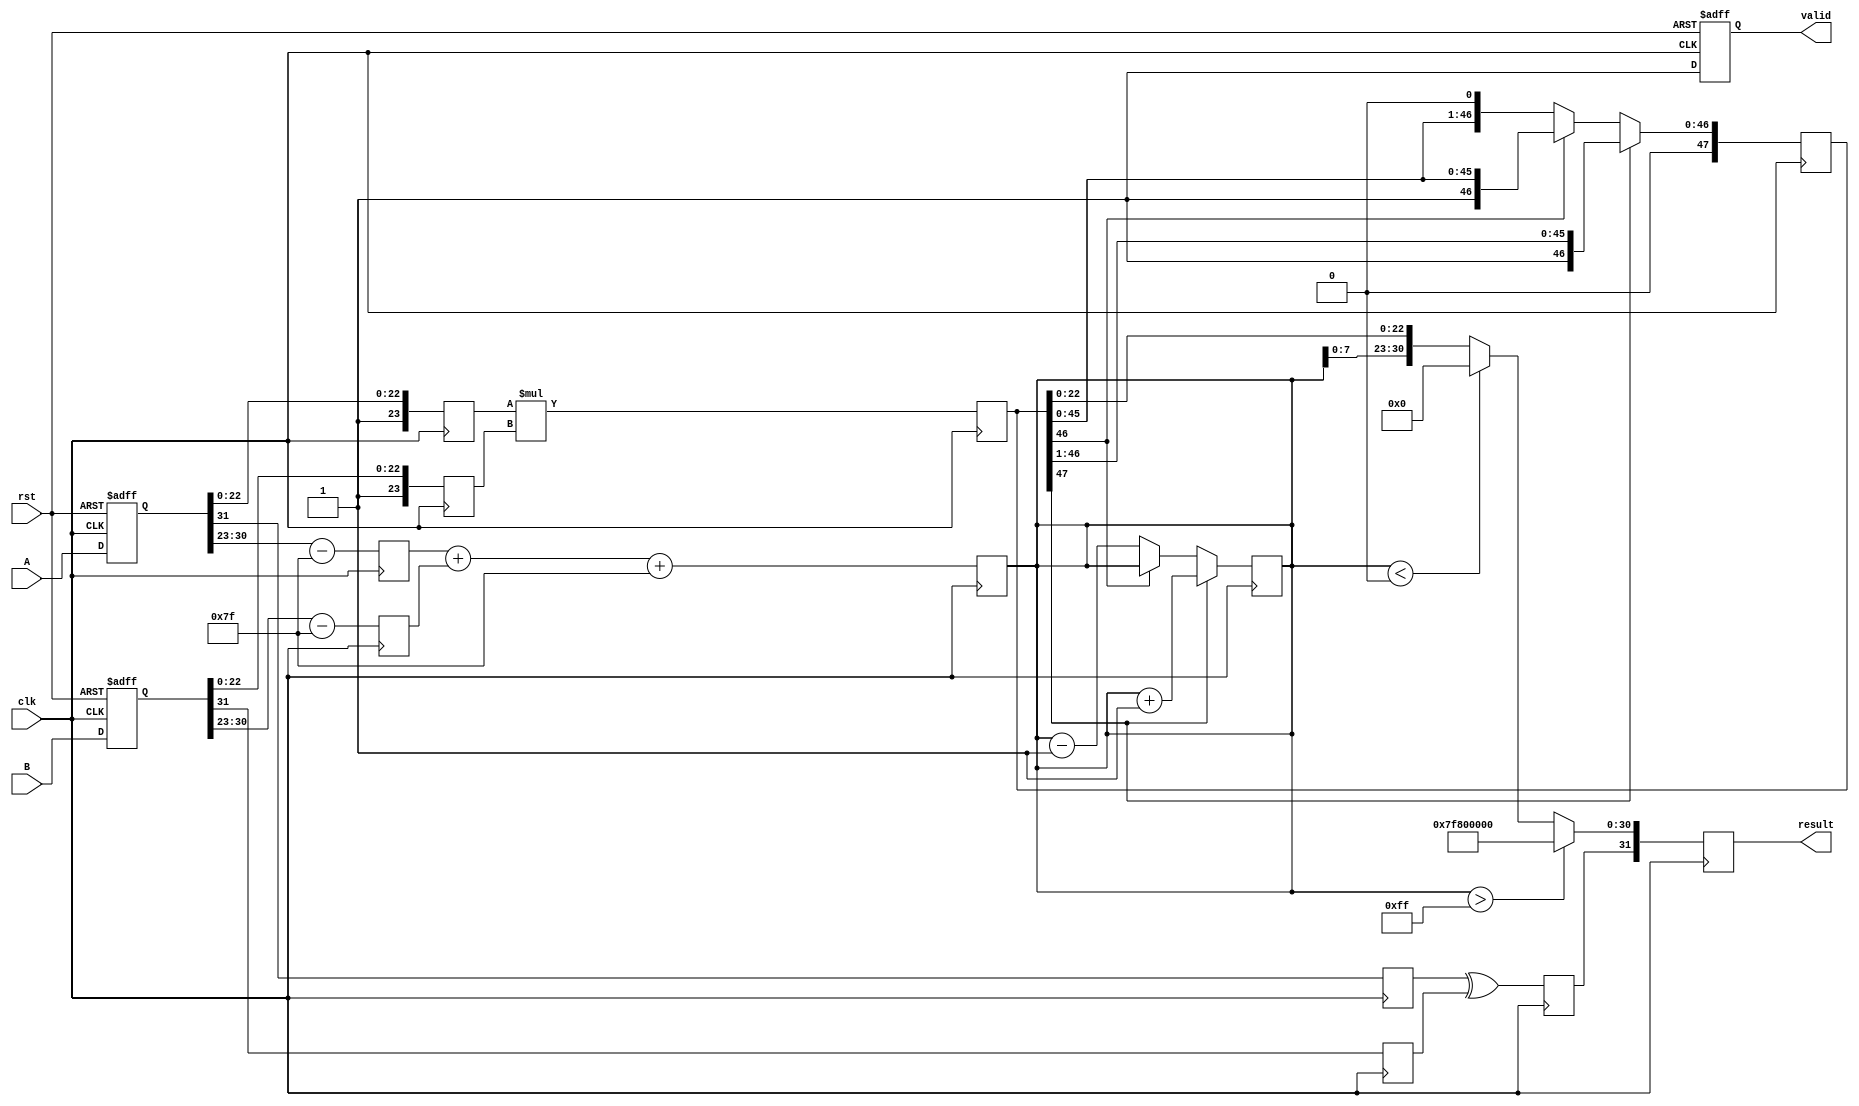
module pipelined_fp_multiplier (
    input clk,
    input rst,
    input [31:0] A,  // First operand
    input [31:0] B,  // Second operand
    output reg [31:0] result,  // Result of multiplication
    output reg valid // Indicates when the result is valid
);

    // Internal registers for pipeline stages
    reg [31:0] A_reg, B_reg; // Inputs
    reg [7:0] expA, expB;    // Exponents
    reg [23:0] mantA, mantB; // Mantissas
    reg signA, signB;        // Signs
    reg signR;               // Result sign
    reg [8:0] expR;          // Result exponent (9 bits for overflow)
    reg [47:0] mantR;        // Result mantissa (46 bits for multiplication)
    
    // Stage 1: Input Stage
    always @(posedge clk or posedge rst) begin
        if (rst) begin
            A_reg <= 32'b0;
            B_reg <= 32'b0;
            valid <= 0;
        end else begin
            A_reg <= A;
            B_reg <= B;
            valid <= 1; // Valid on next clock
        end
    end

    // Stage 2: Extract sign, exponent, and mantissa
    always @(posedge clk) begin
        signA <= A_reg[31];
        signB <= B_reg[31];
        expA <= A_reg[30:23] - 8'd127; // Subtract bias
        expB <= B_reg[30:23] - 8'd127; // Subtract bias
        mantA <= {1'b1, A_reg[22:0]}; // Implicit leading 1 for normalized numbers
        mantB <= {1'b1, B_reg[22:0]}; // Implicit leading 1 for normalized numbers
    end

    // Stage 3: Exponent Calculation
    always @(posedge clk) begin
        expR <= expA + expB + 8'd127; // Add bias back to exponent
        signR <= signA ^ signB; // XOR for sign of the result
    end

    // Stage 4: Mantissa Multiplication
    always @(posedge clk) begin
        mantR <= mantA * mantB; // Multiply mantissas
    end

    // Stage 5: Normalize Result
    always @(posedge clk) begin
        if (mantR[47] == 1) begin
            // If mantissa has overflowed (1.XXXX... -> shift right)
            mantR <= mantR >> 1;
            expR <= expR + 1; // Increment exponent
        end else if (mantR[46] == 0) begin
            // If mantissa is less than 1, shift left
            mantR <= mantR << 1;
            expR <= expR - 1; // Decrement exponent
        end
    end

    // Stage 6: Output Stage
    always @(posedge clk) begin
        if (expR > 8'd255) begin
            // Overflow: Set to infinity
            result <= {signR, 8'b11111111, 23'b0}; // Infinity
        end else if (expR < 8'd0) begin
            // Underflow: Set to zero
            result <= {signR, 8'b0, 23'b0}; // Zero
        end else begin
            result <= {signR, expR[7:0], mantR[22:0]}; // Assemble result
        end
    end

endmodule